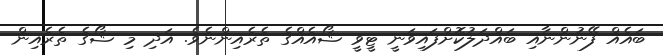
ބައެއް ފޭނުންނާއި ބައްދަލުކޮށްފައިވަނީ ޓީވީ ޝޯއެއްގެ ތެރެއިންނެވެ. އަދި މި ޝޯގެ ތެރެއިން